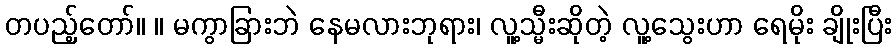
တပည့်တော်။ ။ မကွာခြားဘဲ နေမလားဘုရား၊ လူ့သ္မီးဆိုတဲ့ လူ့သွေးဟာ ရေမိုး ချိုးပြီး